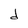
Character: d